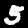
Digit: 5